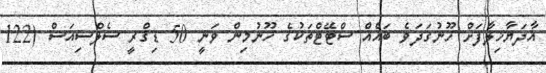
އާދަޔާޚިލާފަށް ހޫނުގަދަވެ ބައެއް ސްޓޭޓްތަކުގެ ހޫނުމިން ވަނީ 50 ޑިގްރީ ސެލްސިއަސް (122